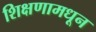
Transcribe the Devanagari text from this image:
शिक्षणामधून